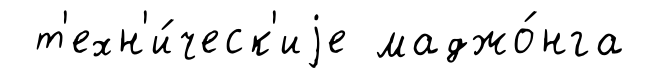
т'ехн'и́ческ'иjе маджо́нга